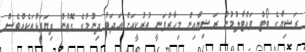
ރަޝިޔާގެ ބޯޓް ވައްޓާލުމުން ރަޝިޔާއިން މިހާރުވަނީ ތުރުކީއަށް އަދަބު ދިނުމުގެ ގޮތުން ފިޔަވަޅުތަކެއްވެސް